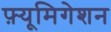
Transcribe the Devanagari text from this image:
फ़्यूमिगेशन